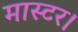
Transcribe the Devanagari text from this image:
मास्‍टर।